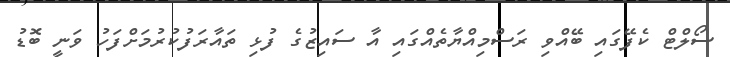
ސޯލްޓް ކެފޭގައި ބޭއްވި ރަސްމިއްޔާތެއްގައި އާ ސައިޒުގެ ފުޅި ތައާރަފުކުރުމަށްފަހު ވަނީ ބޮޑު